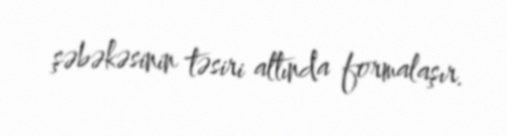
şəbəkəsinin təsiri altında formalaşır.